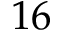
^ Ḋ 1 6 Ḍ